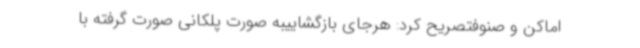
اماکن و صنوفتصریح کرد: هرجای بازگشاییبه صورت پلکانی صورت گرفته با